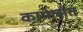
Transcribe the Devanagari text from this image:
कामेलोत